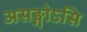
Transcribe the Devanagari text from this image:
असङ्गोऽसि